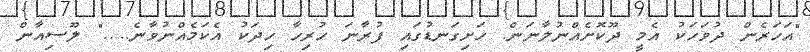
"އަހަރެން ދުވަހަކު އެމީ ދޫކޮށެއްނުލާނަން. ހަށިގަނޑުގައި ފުރާނަ ހުރިހާ ހިދަކު އެކަމެއްނުވާނެ....." ލޫސިއާން